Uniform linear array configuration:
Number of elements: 8
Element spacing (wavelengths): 0.25
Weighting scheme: exponential
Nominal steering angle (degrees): -60
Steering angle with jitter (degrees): -59.709
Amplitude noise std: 0.05
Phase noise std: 0.05

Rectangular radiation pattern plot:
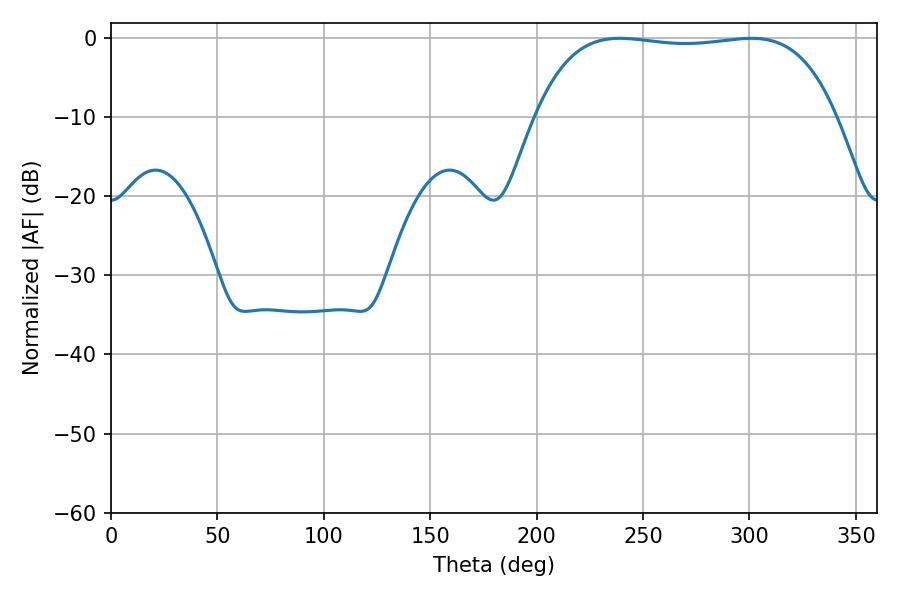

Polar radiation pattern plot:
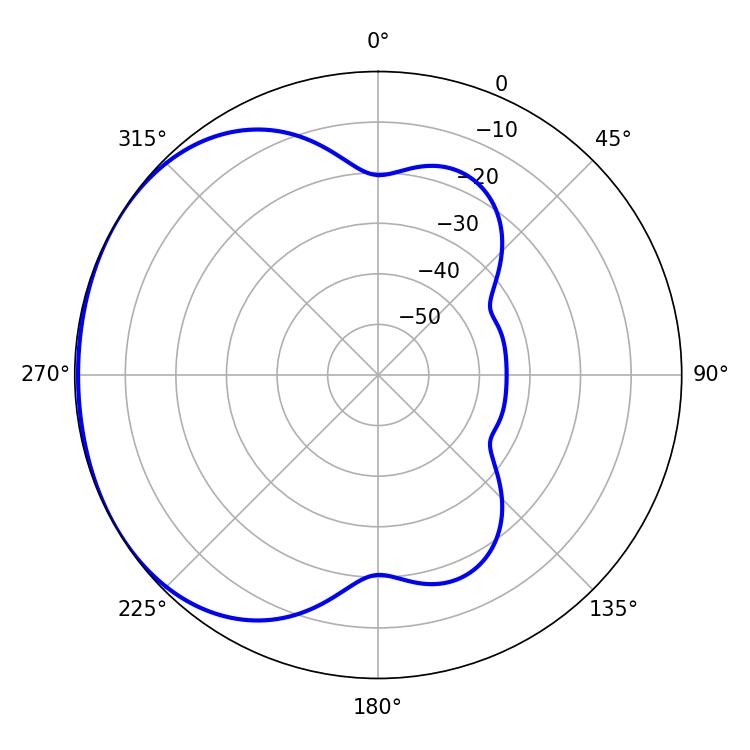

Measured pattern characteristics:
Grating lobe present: FALSE
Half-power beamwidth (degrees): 111.96
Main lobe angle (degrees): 239.04